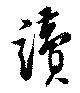
讀